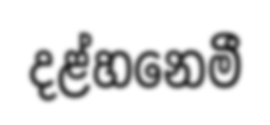
දළ්හනෙමී